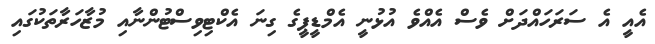
އެއީ އެ ސަރަހައްދަށް ވެސް އެއްވެ އުޅުނީ އެމްޑީޕީގެ ގިނަ އެކްޓިވިސްޓުންނާއި މުޒާހަރާތަކުގައި